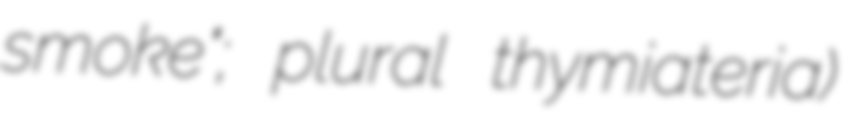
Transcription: smoke"; plural thymiateria)